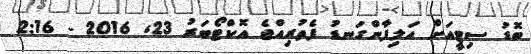
ބޮޑު ސިޓީއަށް އަލިފާންގަނޑު ފެތުރިއްޖެ އޮކްޓޯބަރު 23